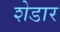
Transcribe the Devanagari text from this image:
शेडार